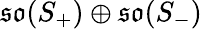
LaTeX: {\mathfrak{so}}(S_{+})\oplus{\mathfrak{so}}(S_{-})